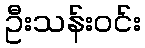
ဦးသန်းဝင်း